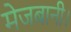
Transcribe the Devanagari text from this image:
मेजबानी।